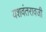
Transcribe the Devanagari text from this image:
यशवंतरावजी